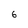
Character: 6